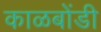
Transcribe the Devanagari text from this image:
काळबोंडी